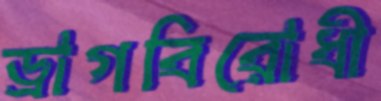
ড্রাগবিরোধী